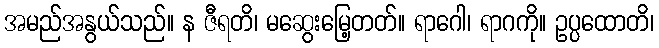
အမည်အနွယ်သည်။ န ဇီရတိ၊ မဆွေးမြေ့တတ်။ ရာဂေါ၊ ရာဂကို။ ဥပ္ပထောတိ၊